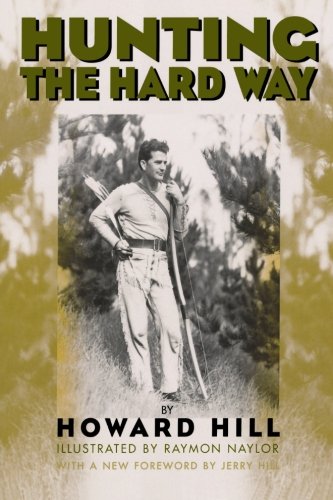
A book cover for Hunting the Hard Way; Howard Hill; Sports & Outdoors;